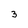
Character: 3